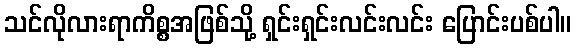
သင်လိုလားရာကိစ္စအဖြစ်သို့ ရှင်းရှင်းလင်းလင်း ပြောင်းပစ်ပါ။